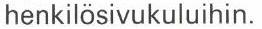
henkilösivukuluihin.